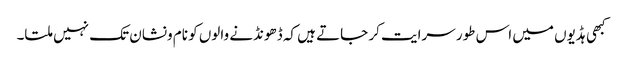
کبھی ہڈیوں میں اس طور سرایت کر جاتے ہیں کہ ڈھونڈنے والوں کو نام ونشان تک نہیں ملتا۔